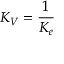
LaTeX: K _ { V } = { \frac { 1 } { K _ { e } } }